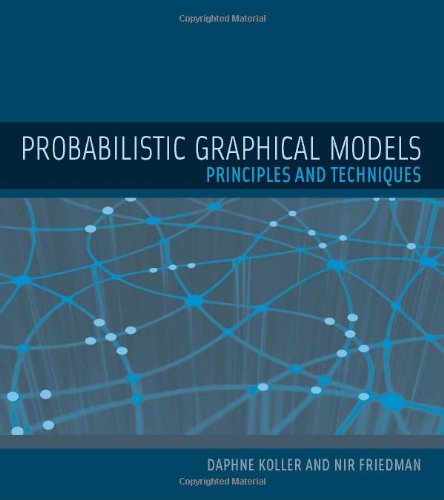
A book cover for Probabilistic Graphical Models: Principles and Techniques (Adaptive Computation and Machine Learning series); Daphne Koller; Engineering & Transportation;